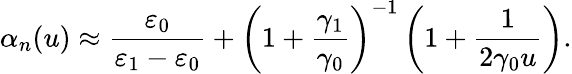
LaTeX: \alpha_{n}(u)\approx\frac{\varepsilon_{0}}{\varepsilon_{1}-\varepsilon_{0}}+\left(1+\frac{\gamma_{1}}{\gamma_{0}}\right)^{-1}\left(1+\frac{1}{2\gamma_{0}u}\right).